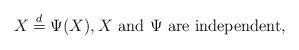
LaTeX: \begin{align*}X\stackrel{d}{=}\Psi(X),X\mbox{ and }\Psi\mbox{ are independent},\end{align*}